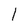
Character: l